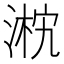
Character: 𣸴